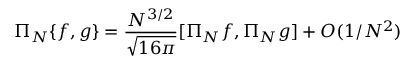
\Pi _ { N } \{ f , g \} = \frac { N ^ { 3 / 2 } } { \sqrt { 1 6 \pi } } [ \Pi _ { N } f , \Pi _ { N } g ] + O ( 1 / N ^ { 2 } )